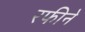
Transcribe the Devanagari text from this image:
रफीने